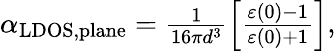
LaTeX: \begin{array}{r}{\alpha_{\mathrm{LDOS,plane}}=\frac{1}{16\pi d^{3}}\left[\frac{\varepsilon(0)-1}{\varepsilon(0)+1}\right],}\end{array}